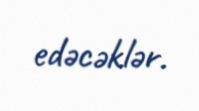
edəcəklər.